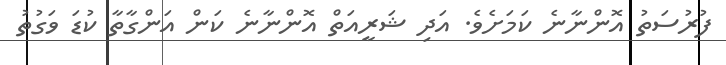
ފުރުސަތު އޮންނާނެ ކަމަށެވެ. އަދި ޝަރީއަތް އޮންނާނެ ކަން އަންގާތާ ކުޑަ ވަގުތު